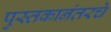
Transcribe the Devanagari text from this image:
पुस्तकानंतरचे